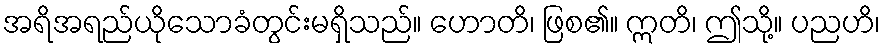
အရိအရည်ယိုသောခံတွင်းမရှိသည်။ ဟောတိ၊ ဖြစ၏။ ဣတိ၊ ဤသို့။ ပညဟိ၊